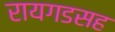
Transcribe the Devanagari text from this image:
रायगडसह